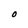
Character: O